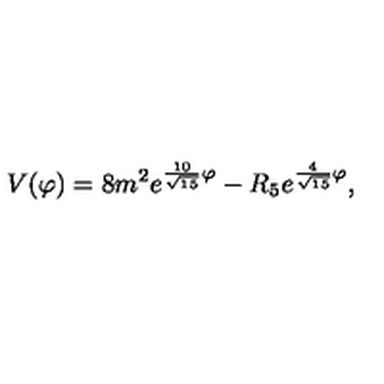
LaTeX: V ( \varphi ) = 8 m ^ { 2 } e ^ { { \frac { 1 0 } { \sqrt { 1 5 } } } \varphi } - R _ { 5 } e ^ { { \frac { 4 } { \sqrt { 1 5 } } } \varphi } ,